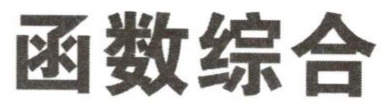
函数综合